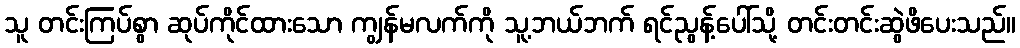
သူ တင်းကြပ်စွာ ဆုပ်ကိုင်ထားသော ကျွန်မလက်ကို သူ့ဘယ်ဘက် ရင်ညွန့်ပေါ်သို့ တင်းတင်းဆွဲဖိပေးသည်။